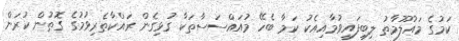
ކަމުގެ މައުލޫމާތު ލިބިފައިވުމާއިއެކު ކަމާ ބެހޭ މުއައްސަސާތަކާ ގުޅިގެން ރައްކާތެރިވުމުގެ ގޮތުން ކުރަން